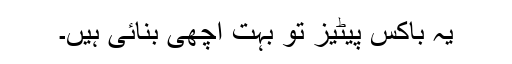
یہ باکس پیٹیز تو بہت اچھی بنائی ہیں۔